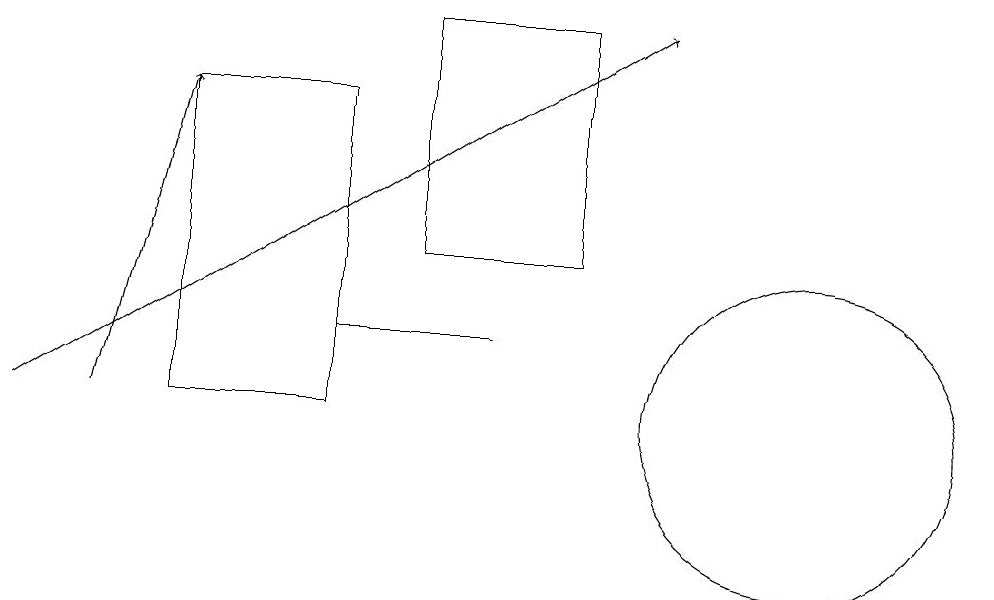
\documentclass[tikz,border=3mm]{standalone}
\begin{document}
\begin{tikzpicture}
\draw (10,10) circle (2);
\draw (4,11) rectangle (6,11);
\draw (5,12) rectangle (7,15);
\draw (4,10) rectangle (2,14);
\draw[->] (1,10) -- (2,14);
\draw[->] (0,10) -- (8,15);
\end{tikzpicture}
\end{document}